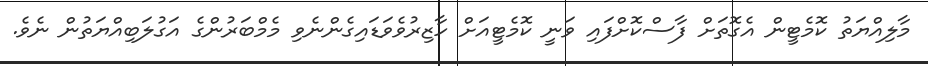
މާލިއްޔަތު ކޮމެޓީން އެގޮތަށް ފާސްކޮށްފައި ވަނީ ކޮމެޓީއަށް ހާޒިރުވެވަޑައިގެންނެވި މެމްބަރުންގެ އަގުލަބިއްޔަތުން ނެވެ.